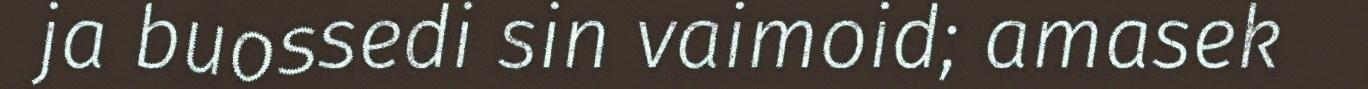
ja buossedi sin vaimoid; amasek